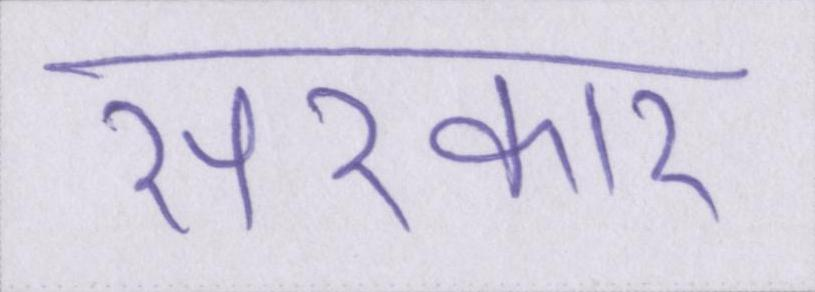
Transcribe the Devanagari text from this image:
सरकार